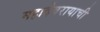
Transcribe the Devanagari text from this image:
महादेवरायाची